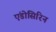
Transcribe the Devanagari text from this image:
एंडोसिरिन